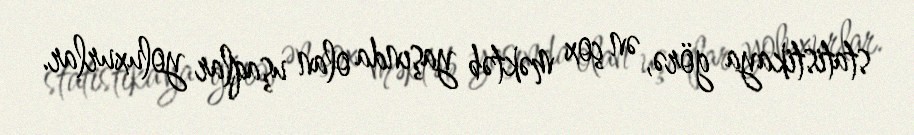
statistikaya görə, ən çox məktəb yaşında olan uşaqlar yoluxurlar.